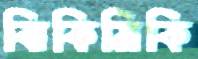
ঝিকিমিকি